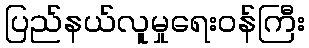
ပြည်နယ်လူမှုရေးဝန်ကြီး